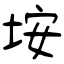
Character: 垵